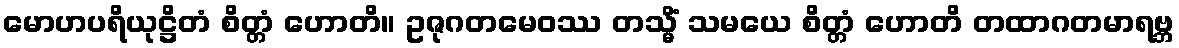
မောဟပရိယုဋ္ဌိတံ စိတ္တံ ဟောတိ။ ဥဇုဂတမေဝဿ တသ္မိံ သမယေ စိတ္တံ ဟောတိ တထာဂတမာရဗ္ဘ